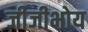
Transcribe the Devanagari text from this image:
जीजीभोय